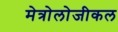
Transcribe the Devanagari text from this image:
मेत्रोलोजीकल